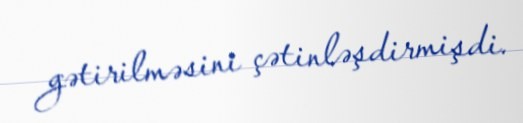
gətirilməsini çətinləşdirmişdi.